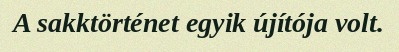
A sakktörténet egyik újítója volt.